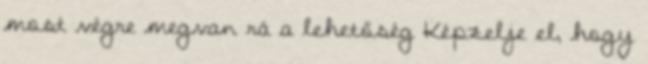
most végre megvan rá a lehetőség Képzelje el, hogy